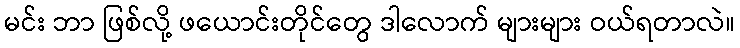
မင်း ဘာ ဖြစ်လို့ ဖယောင်းတိုင်တွေ ဒါလောက် များများ ဝယ်ရတာလဲ။